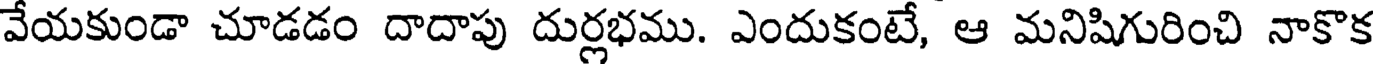
వేయకుండా చూడడం దాదాపు దుర్లభము. ఎందుకంటే, ఆ మనిషిగురించి నాకొక